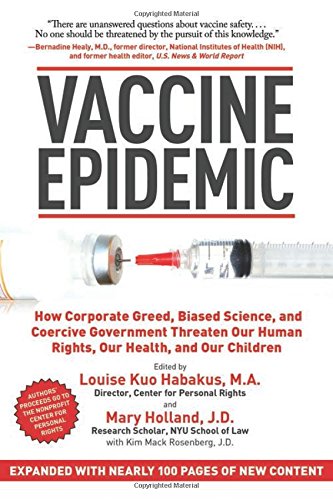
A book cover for Vaccine Epidemic: How Corporate Greed, Biased Science, and Coercive Government Threaten Our Human Rights, Our Health, and Our Children; Medical Books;